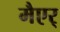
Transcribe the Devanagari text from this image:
मैएर्